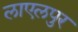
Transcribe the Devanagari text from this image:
लाएलपुर